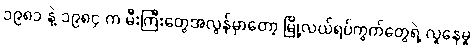
၁၉၈၁ နဲ့ ၁၉၈၄ က မီးကြီးတွေအလွန်မှာတော့ မြို့လယ်ရပ်ကွက်တွေရဲ့ လူနေမှု